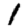
Digit: 1